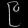
Digit: ၉